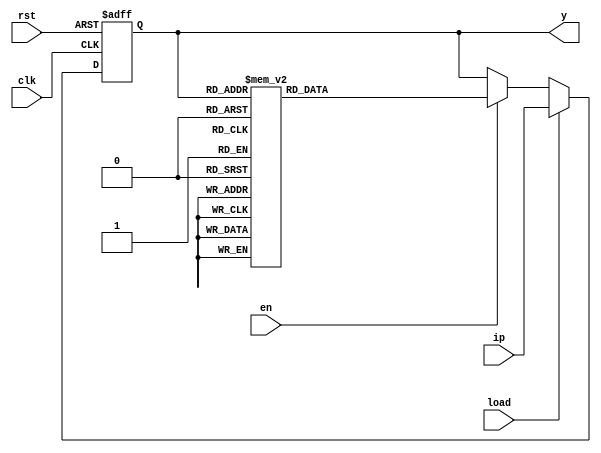
`define reverse_order

module sequence (ip,rst,load,en,clk,y);
  
  input [3:0]ip;
  input rst,clk,load,en;
  output reg [3:0]y;
  
//  localparam S1000=4'b1000,S0111=4'b0111,S1011=4'b1011,S0100=4'b0100,S0010=4'b0010,S0101=4'b0101,S1100=4'b1100,S0110=4'b0110,S0011=4'b0011,S1111=4'b1111,S0001=4'b0001,S1110=4'b1110,S1101=4'b1101;
//  reg [3:0] state;
  
  
  always@(posedge clk,posedge rst)
  if(rst)
    y<=4'b1000;
     else if (load)
			y<=ip;
   else
      if(en)
        begin
    `ifdef reverse_order  
    begin      
    case (y)
     
    4'b1101 : y<=4'b1110;
    4'b1110 : y<=4'b0001;
    4'b0001 : y<=4'b1111;
    4'b1111 : y<=4'b0011;
    4'b0011 : y<=4'b0110;
    4'b0110 : y<=4'b1100;
    4'b1100 : y<=4'b0101;
    4'b0101 : y<=4'b0010;
    4'b0010 : y<=4'b0100;
    4'b0100 : y<=4'b1011;
    4'b1011 : y<=4'b0111;
    4'b0111 : y<=4'b1000;
    4'b1000 : y<=4'b1101;
    default : y<=4'b1000;
    
  endcase
  
  
`else
  begin
   case (y)
     
    4'b1000 : y<=4'b0111;
    4'b0111 : y<=4'b1011;
    4'b1011 : y<=4'b0100;
    4'b0100 : y<=4'b0010;
    4'b0010 : y<=4'b0101;
    4'b0101 : y<=4'b1100;
    4'b1100 : y<=4'b0110;
    4'b0110 : y<=4'b0011;
    4'b0011 : y<=4'b1111;
    4'b1111 : y<=4'b0001;
    4'b0001 : y<=4'b1110;
    4'b1110 : y<=4'b1101;
    4'b1101 : y<=4'b1000;
    default : y<=4'b1000;
    
  endcase
  `endif
  
  end
end

endmodule